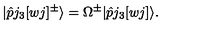
| \hat { p } j _ { 3 } [ w j ] ^ { \pm } \rangle = \Omega ^ { \pm } | \hat { p } j _ { 3 } [ w j ] \rangle .